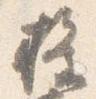
権